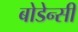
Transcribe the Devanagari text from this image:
बोडेन्सी